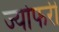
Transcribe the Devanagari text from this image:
ज्योफरी